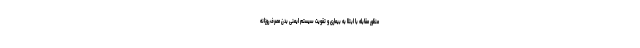
منظور مقابله با ابتلا به بیماری و تقویت سیستم ایمنی بدن مصرف روزانه